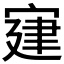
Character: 𡩌